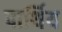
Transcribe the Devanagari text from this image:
पार्थिय